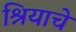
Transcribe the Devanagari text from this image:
श्रियाचे